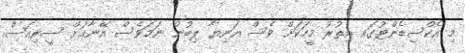
މި އެކްސިޑެންޓުގައ އިތުރު މީހަކަށް ވެސް އަނިޔާ ލިބުން ނަމަވެސް އޭނާއަށް ސީރިއަސް